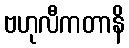
ဗဟုလီကတာနိ